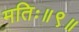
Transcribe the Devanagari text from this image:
मतिः॥९॥